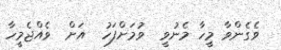
ވެގެންވާ މީހާ މެނުވީ  ވުމަށްފަހު  އަށް  ވެއްޖެމީހާ